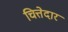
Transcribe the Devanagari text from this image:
चित्तेदार